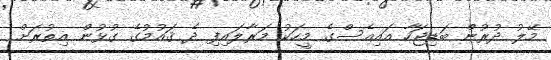
މޭލު ދުރުން ބަޑިޖަހާ އައިއެސްގެ މީހަކު މަރާލައިފި ދެ ޤައުމުގެ ގުޅުން އިތުރަށް